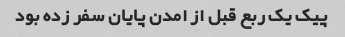
پیک یک ربع قبل از امدن پایان سفر زده بود